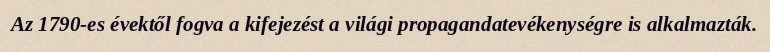
Az 1790-es évektől fogva a kifejezést a világi propagandatevékenységre is alkalmazták.